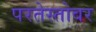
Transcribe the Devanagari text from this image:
परतेस्तोवर